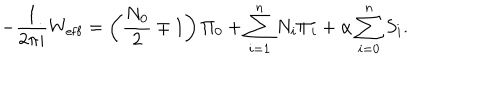
- \frac { 1 } { 2 \pi i } W _ { \mathrm { e f f } } = \left( \frac { N _ { 0 } } { 2 } \mp 1 \right) \Pi _ { 0 } + \sum _ { i = 1 } ^ { n } N _ { i } \Pi _ { i } + \alpha \sum _ { i = 0 } ^ { n } S _ { i } .